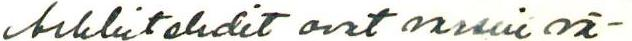
Arkkitehdit ovat varsin vä-